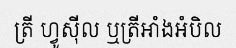
ត្រី ហ្វូស៊ីល ឬត្រីអាំងអំបិល